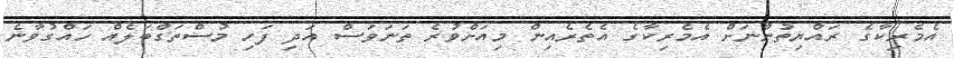
އެމެރިކާގެ ރައްޔިތުންނަށް އެމެރިކާގެ އެތެރެއިން މިއަށްވުރެ ތަނަވަސް އަދި ފަހި މުސްތަގްބަލެއް ހައްގުވާނެ